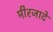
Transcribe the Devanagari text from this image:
मीरजादे